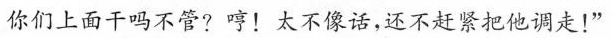
你们上面干吗不管?哼！太不像话，还不赶紧把他调走！“